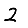
Digit: 2